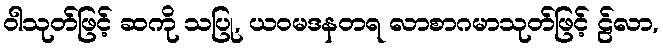
ဝါသုတ်ဖြင့် ဆကို သပြု, ယဝမဒနတရ လာစာဂမာသုတ်ဖြင့် ဠ်လာ,